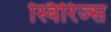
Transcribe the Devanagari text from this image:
स्विरिज्स